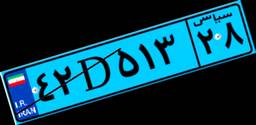
۹۷D۶۰۰۱۵